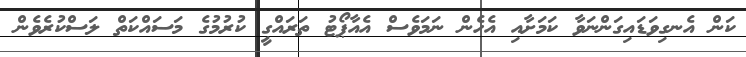
ކަން އެނގިވަޑައިގަންނަވާ ކަމަށާއި އެހެން ނަމަވެސް އެއާޕޯޓު ތަރައްގީ ކުރުމުގެ މަަސައްކަތް ލަސްކުރެވެން